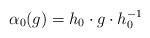
LaTeX: \begin{align*} \alpha_0(g) = h_0 \cdot g \cdot h_0^{-1}\end{align*}